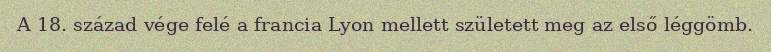
A 18. század vége felé a francia Lyon mellett született meg az első léggömb.